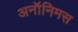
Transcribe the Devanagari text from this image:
अनॉनिमस